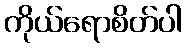
ကိုယ်ရောစိတ်ပါ